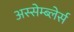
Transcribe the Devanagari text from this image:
अस्सेम्ब्लेर्स